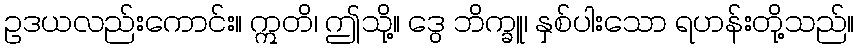
ဥဒယလည်းကောင်း။ ဣတိ၊ ဤသို့။ ဒွေ ဘိက္ခူ၊ နှစ်ပါးသော ရဟန်းတို့သည်။